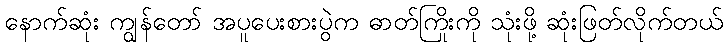
နောက်ဆုံး ကျွန်တော် အပူပေးစားပွဲက ဓာတ်ကြိုးကို သုံးဖို့ ဆုံးဖြတ်လိုက်တယ်